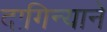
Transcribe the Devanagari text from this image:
दागिन्याने